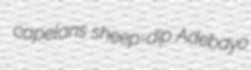
capelans sheep-dip Adebayo